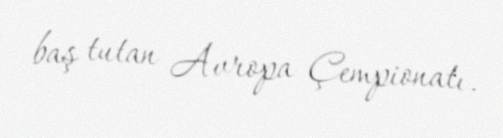
baş tutan Avropa Çempionatı.